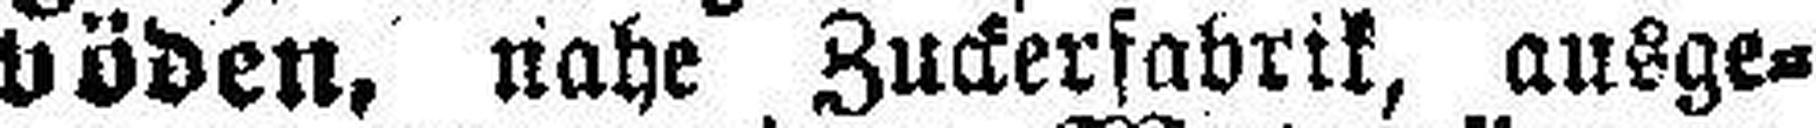
böden, nahe Zuckerfabrik, ausge¬